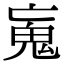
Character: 𩱿